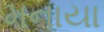
મનાયા